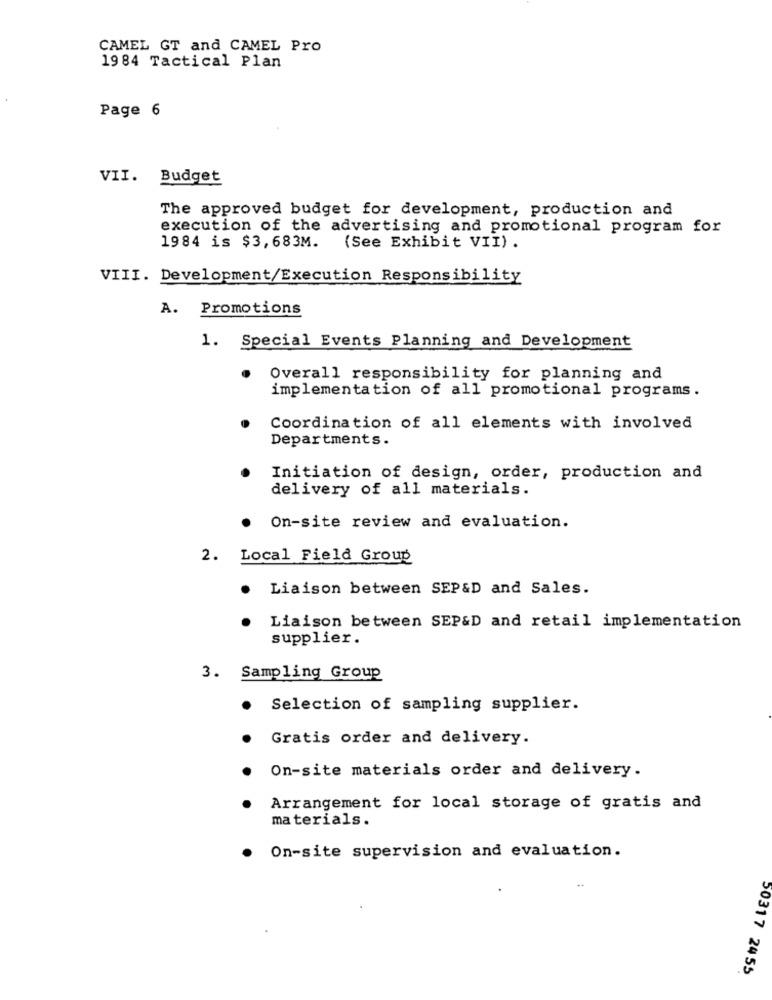
CAMEL GT and CAMEL Pro
1984 Tactical Plan
Page 6
VII. Budget
The approved budget for development, production and
execution of the advertising and promotional program for
1984 is $3,683M.
(See Exhibit VII).
VIII. Development/Execution Responsibility
A. Promotions
1. Special Events Planning and Development
Overall responsibility for planning and
implementation of all promotional programs.
Coordination of all elements with involved
Departments.
Initiation of design, order, production and
delivery of all materials.
On-site review and evaluation.
2. Local Field Group
.
Liaison between SEP&D and Sales.
Liaison between SEP&D and retail implementation
supplier.
3. Sampling Group
Selection of sampling supplier.
Gratis order and delivery.
On-site materials order and delivery.
Arrangement for local storage of gratis and
materials.
On-site supervision and evaluation.
50317 2455